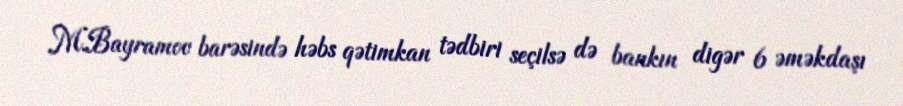
M.Bayramov barəsində həbs qətimkan tədbiri seçilsə də bankın digər 6 əməkdaşı